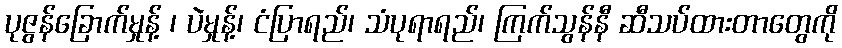
ပုဇွန်ခြောက်မှုန့် ၊ ပဲမှုန့်၊ ငံပြာရည်၊ သံပုရာရည်၊ ကြက်သွန်နီ ဆီသပ်ထားတာတွေကို